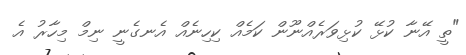
"ތީ އޭނާ ކުޅޭ ކުޅިވަރެއްނޫން ކަމެއް ކިހިނެއް އެނގެނީ ނިމް މިހާރު އެ